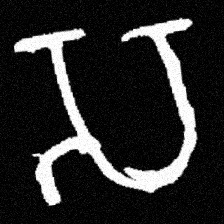
Pyu character \u2014 Myanmar letter: သ (romanized: sa)